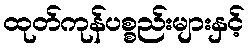
ထုတ်ကုန်ပစ္စည်းများနှင့်